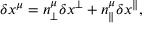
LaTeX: \delta x ^ { \mu } = n _ { \perp } ^ { \mu } \delta x ^ { \perp } + n _ { \parallel } ^ { \mu } \delta x ^ { \parallel } ,